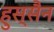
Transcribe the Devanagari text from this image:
हुस्सैन